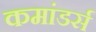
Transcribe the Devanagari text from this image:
कमांडर्स